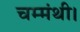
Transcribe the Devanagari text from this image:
चम्मंथी।